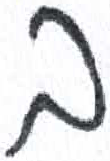
אות: ב